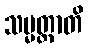
သမ္မတ္တာတိ